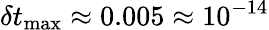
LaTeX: \delta t_{\textrm{max}}\approx 0.005\approx 10^{-14}